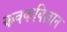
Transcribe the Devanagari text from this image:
कवकविज्ञान